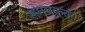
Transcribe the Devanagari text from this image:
सम्यक्त्व